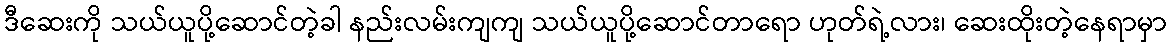
ဒီဆေးကို သယ်ယူပို့ဆောင်တဲ့ခါ နည်းလမ်းကျကျ သယ်ယူပို့ဆောင်တာရော ဟုတ်ရဲ့လား၊ ဆေးထိုးတဲ့နေရာမှာ